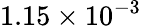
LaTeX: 1.15\times 10^{-3}